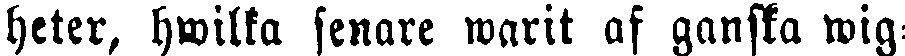
heter, hwilka senare warit af ganska wig-